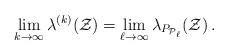
LaTeX: \begin{align*}\lim_{k\to \infty}\lambda^{(k)}(\mathcal{Z})=\lim_{\ell\to \infty}\lambda_{P_{\mathcal{P}_{\ell}}}(\mathcal{Z})\,.\end{align*}